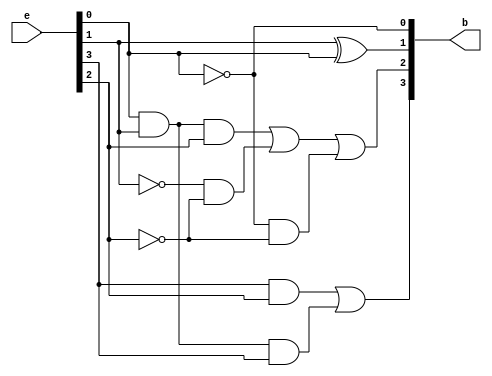
module Excess3toBCD(b,e);
input [3:0]e;
output [3:0]b;
wire [7:0]w;
not(b[0],e[0]);
xor(b[1],e[1],e[0]);
and(w[0],e[0],e[1],e[2]);
not(w[1],e[1]);
not(w[2],e[2]);
not(w[3],e[0]);
and(w[4],w[1],w[2]);
and(w[5],w[3],w[2]);
or(b[2],w[0],w[4],w[5]);
and(w[6],e[0],e[1],e[3]);
and(w[7],e[3],e[2]);
or(b[3],w[7],w[6]);
endmodule